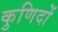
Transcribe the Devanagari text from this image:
कुणिदों